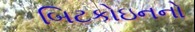
બિટકોઇનનો